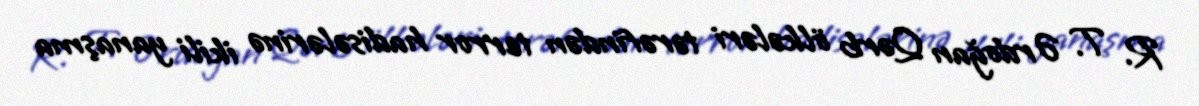
R. T. Ərdoğan Qərb ölkələri tərəfindən terror hadisələrinə ikili yanaşma